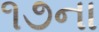
૧૭ના